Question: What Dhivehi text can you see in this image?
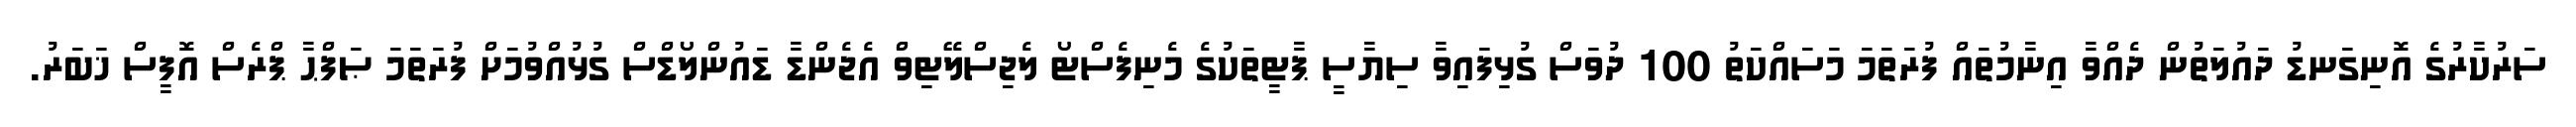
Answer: ސަރުކާރުގެ އޮނިގަނޑު ދައުލަތުން ދެއްވާ އިނާމުތައް ފުރަތަމަ މަސައްކަތު 100 ދުވަސް ގުޅިފައިވާ ސިޔާސީ ޕާޓީތަކުގެ މެނިފެސްޓޯ ލެޖިސްލޭޓިވް އެޖެންޑާ ޑައުންލޯޑްސް ގުޅުއްވުމަށް ފުރަތަމަ ޞަފްޙާ ޕްރެސް އޮފީސް ޚަބަރު.